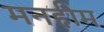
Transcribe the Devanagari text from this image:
मनहीम